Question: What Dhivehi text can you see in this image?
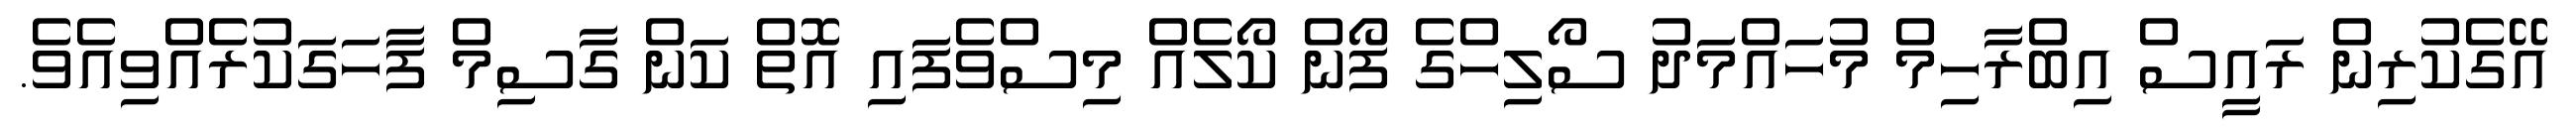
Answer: އޭގެކުރިން ރައީސް އިބްރާހިމް މުހައްމަދު ސޯލިހްގެ ފޯން ކޯލެއް މިސްވެފައި އޮތް ކަން ގާސިމް ފާހަގަކުރެއްވިއެވެ.